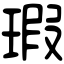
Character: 瑕